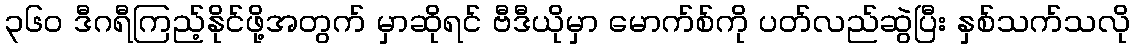
၃၆၀ ဒီဂရီကြည့်နိုင်ဖို့အတွက် မှာဆိုရင် ဗီဒီယိုမှာ မောက်စ်ကို ပတ်လည်ဆွဲပြီး နှစ်သက်သလို